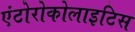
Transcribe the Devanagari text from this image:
एंटोरोकोलाइटिस